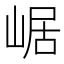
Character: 崌